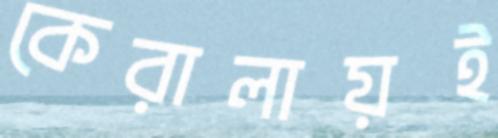
কেরালায়ই